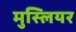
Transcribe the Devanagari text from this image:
मुस्लियर